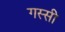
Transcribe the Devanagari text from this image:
गस्सी